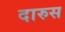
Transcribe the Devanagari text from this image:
दारुस